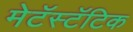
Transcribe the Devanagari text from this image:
मेटॅस्टॅटिक